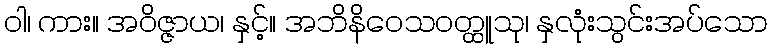
ဝါ၊ ကား။ အဝိဇ္ဇာယ၊ နှင့်။ အဘိနိဝေသဝတ္ထူသု၊ နှလုံးသွင်းအပ်သော